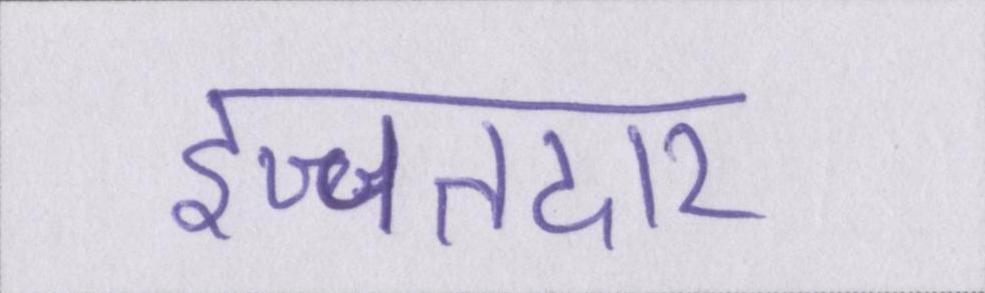
इज्जतदार